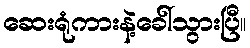
ဆေးရုံကားနဲ့ခေါ်သွားပြီ။